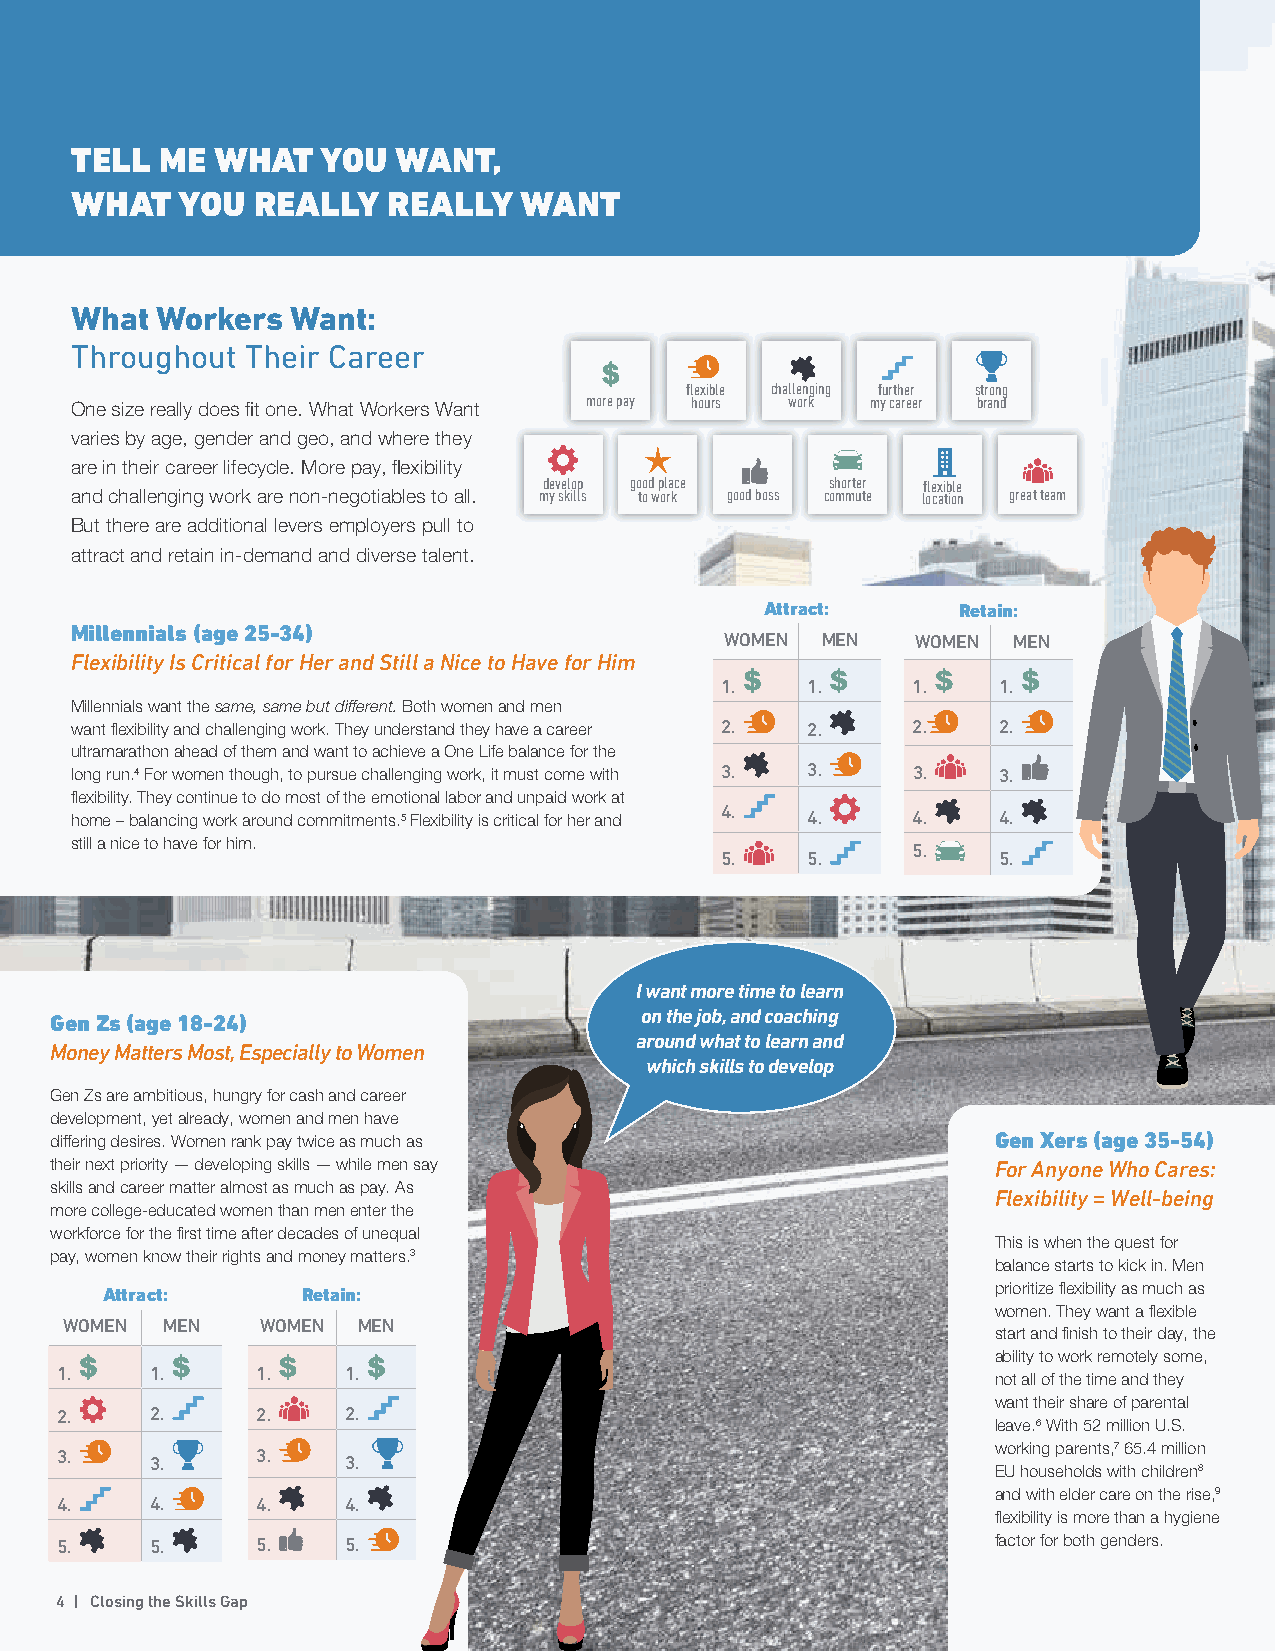
TELL  ME WHAT   YOU  WANT,
 WHAT   YOU  REALLY   REALLY  WANT
 What Workers  Want:
 Throughout Their Career
 flexible challenging further strong
 more pay hours work my career brand
 One size really does fit one. What Workers Want
 varies by age, gender and geo, and where they
 are in their career lifecycle. More pay, flexibility
 develop good place shorter flexible
 and challenging work are non-negotiables to all. my skills to work good boss commute location great team
 But there are additional levers employers pull to
 attract and retain in-demand and diverse talent.
 Attract:    Retain:
 Millennials (age 25-34)
 WOMEN MEN    WOMEN MEN
 Flexibility Is Critical for Her and Still a Nice to Have for Him
 1.   1.     1.    1.
 Millennials want the same, same but different. Both women and men
 want flexibility and challenging work. They understand they have a career 2. 2. 2. 2.
 ultramarathon ahead of them and want to achieve a One Life balance for the
 long run.4 For women though, to pursue challenging work, it must come with 3. 3. 3. 3.
 flexibility. They continue to do most of the emotional labor and unpaid work at
 home – balancing work around commitments.5 Flexibility is critical for her and 4. 4. 4. 4.
 still a nice to have for him.                          5.
 5.   5.           5.
 I want more time to learn
 on the job, and coaching
 Gen Zs (age 18-24)
 around what to learn and
 Money Matters Most, Especially to Women
 which skills to develop
 Gen Zs are ambitious, hungry for cash and career
 development, yet already, women and men have
 differing desires. Women rank pay twice as much as             Gen Xers (age 35-54)
 their next priority — developing skills — while men say        For Anyone Who Cares:
 skills and career matter almost as much as pay. As
 Flexibility = Well-being
 more college-educated women than men enter the
 workforce for the first time after decades of unequal
 This is when the quest for
 pay, women know their rights and money matters.3
 balance starts to kick in. Men
 Attract:     Retain:                                       prioritize flexibility as much as
 women. They want a flexible
 WOMEN  MEN   WOMEN  MEN
 start and finish to their day, the
 ability to work remotely some,
 1.    1.     1.    1.
 not all of the time and they
 want their share of parental
 2.    2.     2.    2.
 leave.6 With 52 million U.S.
 3.    3.     3.    3.                                         working parents,7 65.4 million
 EU households with children8
 and with elder care on the rise,9
 4.    4.     4.    4.
 flexibility is more than a hygiene
 5.    5.     5.    5.                                         factor for both genders.
 4 | Closing the Skills Gap